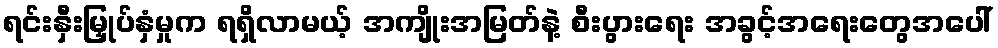
ရင်းနှီးမြှုပ်နှံမှုက ရရှိလာမယ့် အကျိုးအမြတ်နဲ့ စီးပွားရေး အခွင့်အရေးတွေအပေါ်